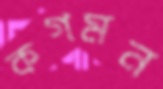
কগমন